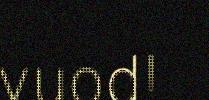
vuod!